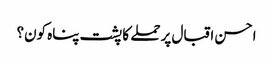
احسن اقبال پر حملے کا پشت پناہ کون؟